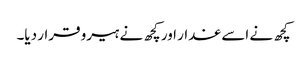
کچھ نے اسے غدار اور کچھ نے ہیرو قرار دیا۔